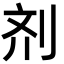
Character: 剂